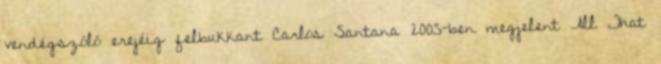
vendégszóló erejéig felbukkant Carlos Santana 2005-ben megjelent All That